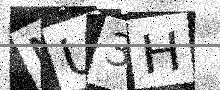
Text: MU3H